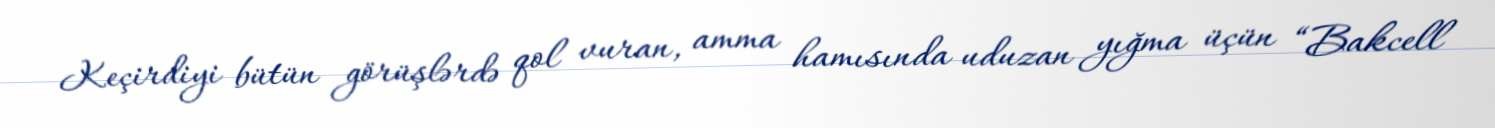
Keçirdiyi bütün görüşlərdə qol vuran, amma hamısında uduzan yığma üçün “Bakcell